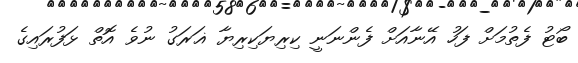
ބޯޓު ފެތުމަށް ފަހު އޭނާއަށް ފެންނަނީ ކިރިޔަކިރިޔާ ޣަރަގު ނުވެ އޮތް ޅަފުރައިގެ